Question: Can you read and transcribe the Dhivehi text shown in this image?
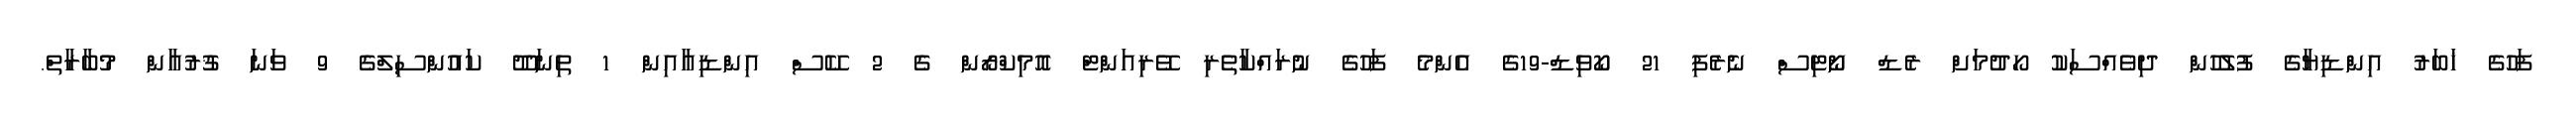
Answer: ފަހުގެ ޚަބަރު އިންޑިޔާގެ ފުލުހުން ދިވެއްސަކު ހޯދުމަށް ރެޑް ނޯޓިސް ނެރެފި 21 ކޯވިޑް-19ގެ އެންމެ ފަހުގެ ނުރައްކާތެރި ވޭރިއަންޓް އޮމިކްރޯން ގެ 2 ކޭސް އިންޑިއާއިން 1 ތިނަދޫ ކައުންސިލްގެ 9 ވަނަ ޤުރުއާން މުބާރާތް.